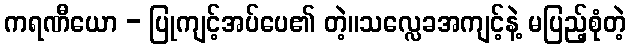
ကရဏီယော - ပြုကျင့်အပ်ပေ၏ တဲ့။သလ္လေခအကျင့်နဲ့ မပြည့်စုံတဲ့